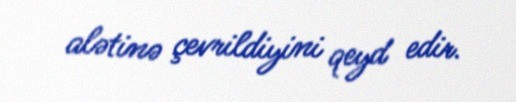
alətinə çevrildiyini qeyd edir.